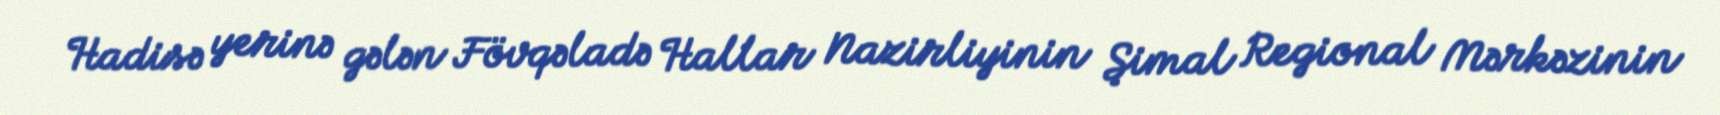
Hadisə yerinə gələn Fövqəladə Hallar Nazirliyinin Şimal Regional Mərkəzinin